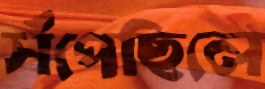
সঁপেছিলে